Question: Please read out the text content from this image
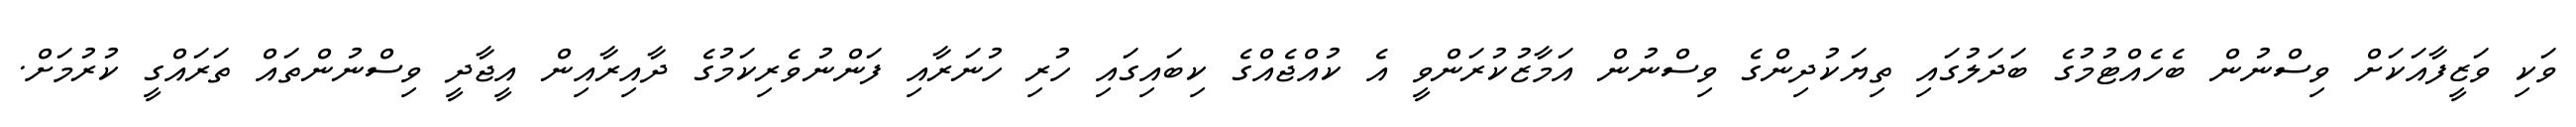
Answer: ވަކި ވަޒީފާއަކަށް ވިސްނުން ބެހެއްޓުމުގެ ބަދަލުގައި ތިޔަކުދިންގެ ވިސްނުން އަމާޒުކުރަންވީ އެ ކުއްޖެއްގެ ކިބައިގައި ހުރި ހުނަރާއި ފަންނުވެރިކަމުގެ ދާއިރާއިން އީޖާދީ ވިސްނުންތައް ތަރައްގީ ކުރުމަށް.